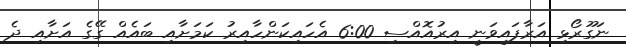
ނަގޫރޯޅި އަރާފައިވަނީ އިރުއޮއްސި 6:00 އެހައިކަންހާއިރު ކަމަށާއި ބައެއް ގޭގެ އަށާއި ދެ